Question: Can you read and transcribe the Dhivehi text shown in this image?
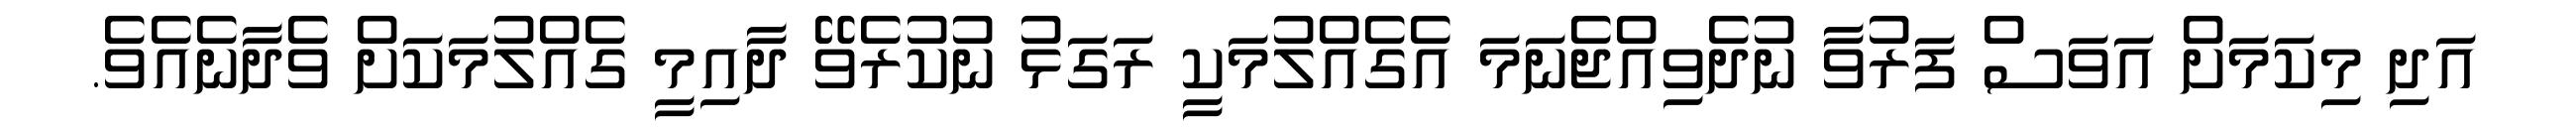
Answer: އަދި މިކަމަށް އަވަސް ފަރުވާ ނުދެވިއްޖެނަމަ އެގެއްލުމަކީ ރަގަޅު ނުކުރެވޭ ދާއިމީ ގެއްލުމަކަށް ވެދާނެއެވެ.